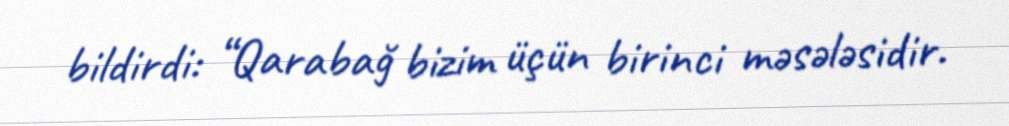
bildirdi: “Qarabağ bizim üçün birinci məsələsidir.